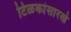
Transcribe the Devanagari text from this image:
टिळकांसारखे